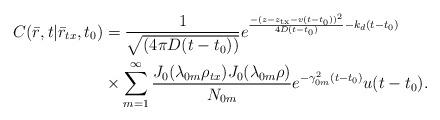
LaTeX: \begin{align*} C(\bar r,t|{{\bar r}_{tx}},{t_0}) &= \frac{1}{{{\sqrt{(4\pi D(t - {t_0}))}}}}{e^{\frac{{ - {{(z - {z_{\rm tx}} - v(t - {t_0}))}^2}}}{{4D(t - {t_0})}} - {k_d}(t - {t_0})}}\\ &\times \sum\limits_{m = 1}^\infty {\frac{{{J_0}({\lambda _{0m}}{\rho _{tx}}){J_0}({\lambda _{0m}}\rho )}}{{{N_{0m}}}}} {e^{ - \gamma _{0m}^2(t - {t_0})}} u(t-t_0).\end{align*}